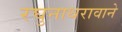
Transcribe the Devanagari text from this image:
रघुनाथरावाने